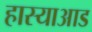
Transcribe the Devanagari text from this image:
हास्याआड